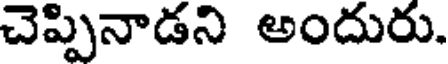
చెప్పినాడని అందురు.